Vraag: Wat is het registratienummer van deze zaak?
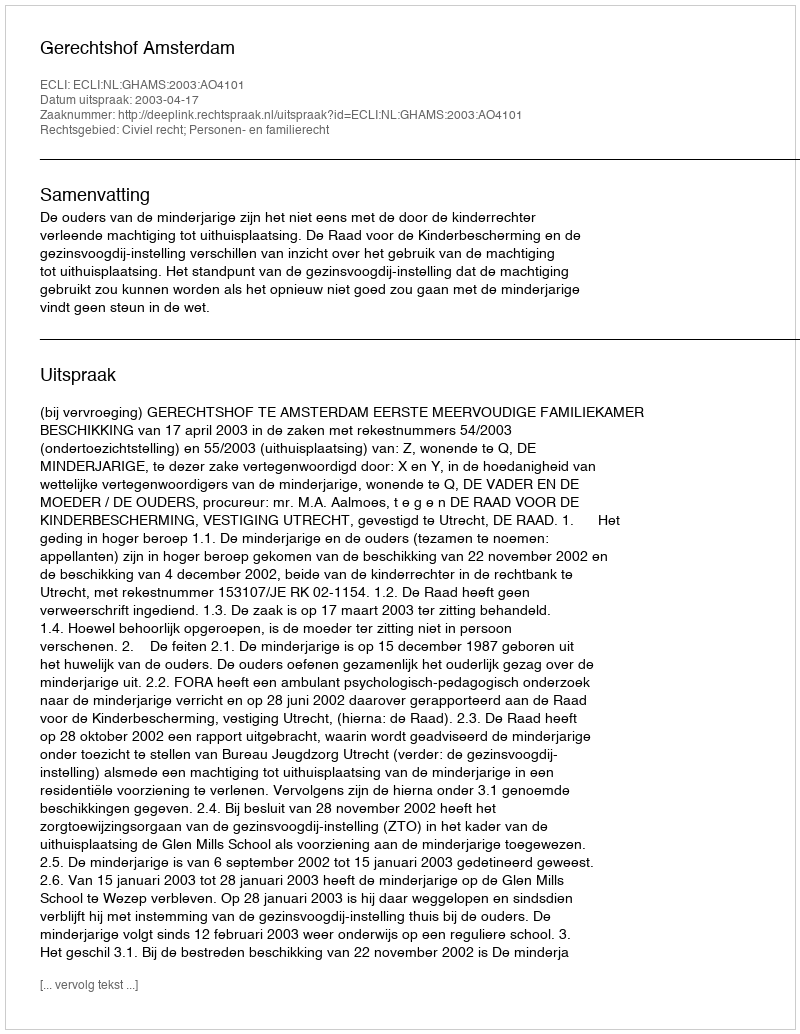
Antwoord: http://deeplink.rechtspraak.nl/uitspraak?id=ECLI:NL:GHAMS:2003:AO4101